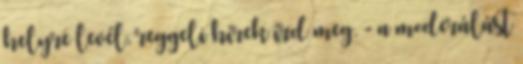
helyre levél, reggeli hírek írd meg. - a moderálást